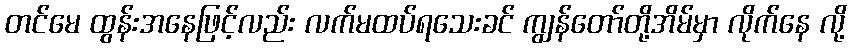
တင်မေ ထွန်းအနေဖြင့်လည်း လက်မထပ်ရသေးခင် ကျွန်တော်တို့အိမ်မှာ လိုက်နေ လို့